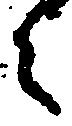
え